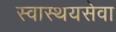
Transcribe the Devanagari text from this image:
स्वास्थयसेवा